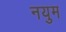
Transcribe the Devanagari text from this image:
नयुम